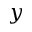
y